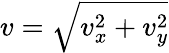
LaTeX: v=\sqrt{v_{x}^{2}+v_{y}^{2}}